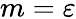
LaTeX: m=\varepsilon